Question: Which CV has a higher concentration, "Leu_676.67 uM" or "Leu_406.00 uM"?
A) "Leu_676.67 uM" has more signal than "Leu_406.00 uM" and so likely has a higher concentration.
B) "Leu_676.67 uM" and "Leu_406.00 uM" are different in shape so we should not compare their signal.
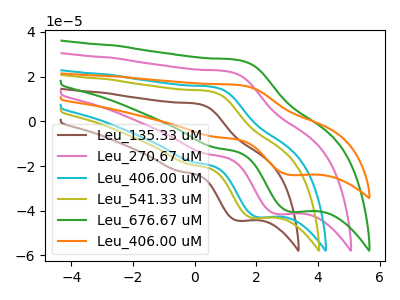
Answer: <think>The brown curve "Leu_135.33 uM" has an anodic peak at (0.10V, 7.80uA) and a cathodic peak at (1.40V, -44.45uA). The pink curve "Leu_270.67 uM" has an anodic peak at (1.10V, 22.25uA) and a cathodic peak at (2.65V, -41.50uA). The cyan curve "Leu_406.00 uM" has an anodic peak at (0.60V, 15.30uA) and a cathodic peak at (2.05V, -42.90uA). The olive curve "Leu_541.33 uM" has an anodic peak at (0.50V, 13.45uA) and a cathodic peak at (1.90V, -43.30uA). The green curve "Leu_676.67 uM" has an anodic peak at (1.45V, 27.35uA) and a cathodic peak at (3.10V, -40.45uA). The orange curve "Leu_406.00 uM" has an anodic peak at (1.45V, 16.20uA) and a cathodic peak at (3.10V, -24.00uA).
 All the peaks in "Leu_676.67 uM" have a peak in "Leu_406.00 uM" at the same potential. Every peak in "Leu_676.67 uM" is higher than every peak in "Leu_406.00 uM".</think>
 <answer>A) "Leu_676.67 uM" has more signal than "Leu_406.00 uM" and so likely has a higher concentration.</answer>
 <eval>A</eval>